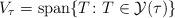
LaTeX: \begin{gather*}V_{\tau}=\operatorname{span} \{ T\colon T\in\mathcal{Y}(\tau)\}\end{gather*}